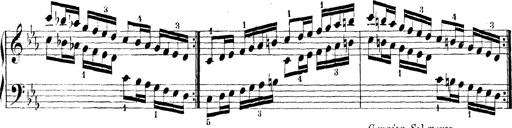
Title: Technische Studien
Composer: Franz Liszt